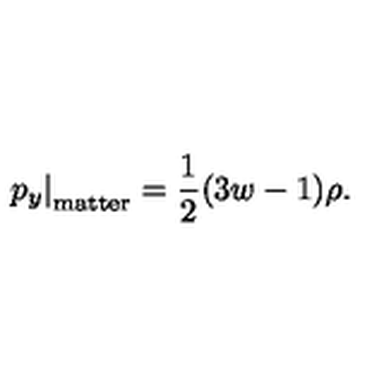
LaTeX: \left. p _ { y } \right| _ { \mathrm { m a t t e r } } = \frac { 1 } { 2 } ( 3 w - 1 ) \rho .